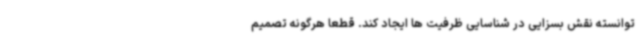
توانسته نقش بسزایی در شناسایی ظرفیت ها ایجاد کند. قطعا هرگونه تصمیم